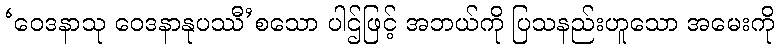
‘ဝေဒနာသု ဝေဒနာနုပဿီ’စသော ပါဌ်ဖြင့် အဘယ်ကို ပြသနည်းဟူသော အမေးကို